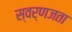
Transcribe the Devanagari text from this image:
स्वर्णजता